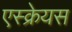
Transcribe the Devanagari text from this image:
एस्क्रेयस